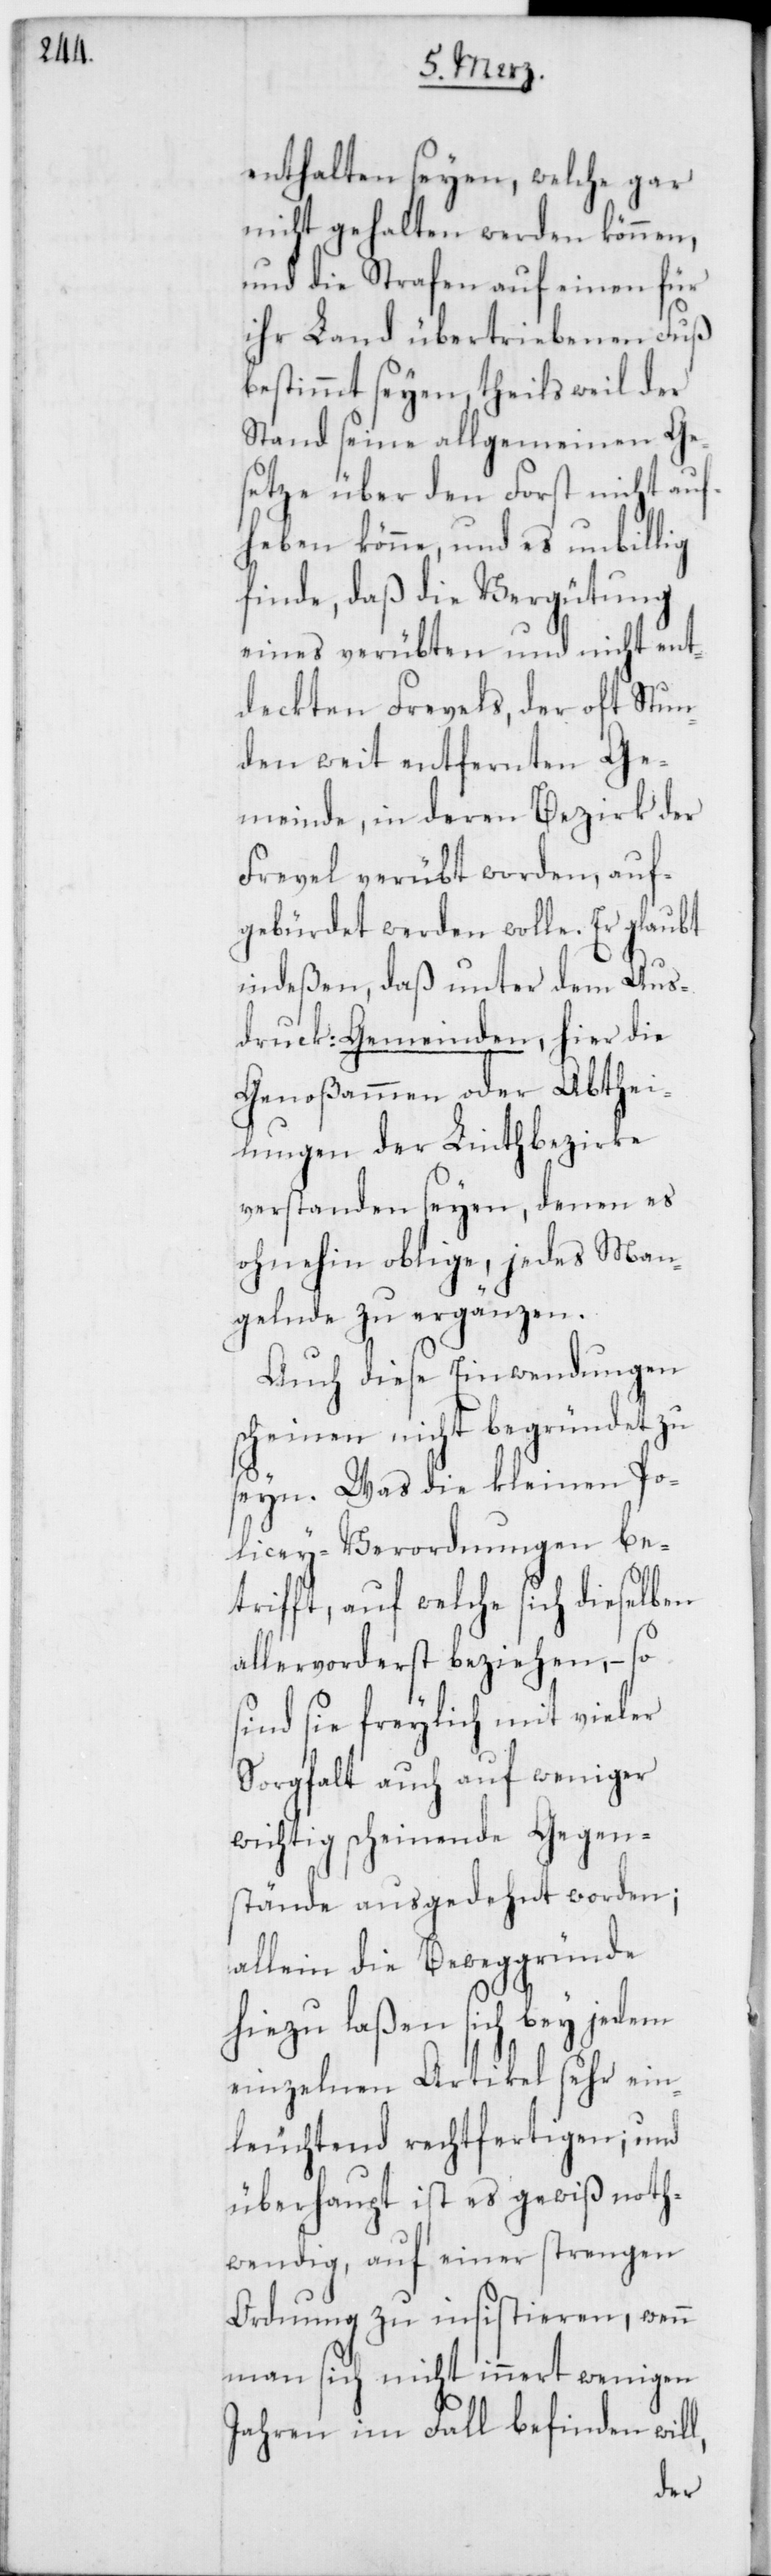
enthalten seyen , welche gar
nicht gehalten werden können,
und die Strafen auf einen für
ihr Land übertriebenen Fuß
bestimmt seyen, theils weil der
Stand seine allgemeinen Ge¬
setze über den Forst nicht auf¬
heben könne, und es unbillig
finde, daß die Vergütung
eines verübten und nicht ent¬
deckten Frevels, der oft Stun¬
den weit entfernten Ge¬
meinde, in deren Bezirk der
Frevel verübt worden, auf¬
gebürdet werden wolle. Er glaubt
indeßen, daß unter dem Aus¬
druck: Gemeinden, hier die
Genoßamen oder Abthei¬
lungen der Linthbezirke
verstanden seyen, denen es
ohnehin oblige, jedes Man¬
gelnde zu ergänzen.
Auch diese Einwendungen
scheinen nicht begründet zu
seyn. Was die kleinen Po¬
lizey-Verordnungen be¬
trifft, auf welche sich dieselben
allervorderst beziehen, – so
sind sie freylich mit vieler
Sorgfalt auch auf weniger
wichtig scheinende Gegen¬
stände ausgedehnt worden;
allein die Beweggründe
hiezu laßen sich bey jedem
einzelnen Artikel sehr ein¬
leuchtend rechtfertigen; und
überhaupt ist es gewiß noth¬
wendig, auf einer strengen
Ordnung zu insistieren, wenn
man sich nicht innert wenigen
Jahren im Fall befinden will,